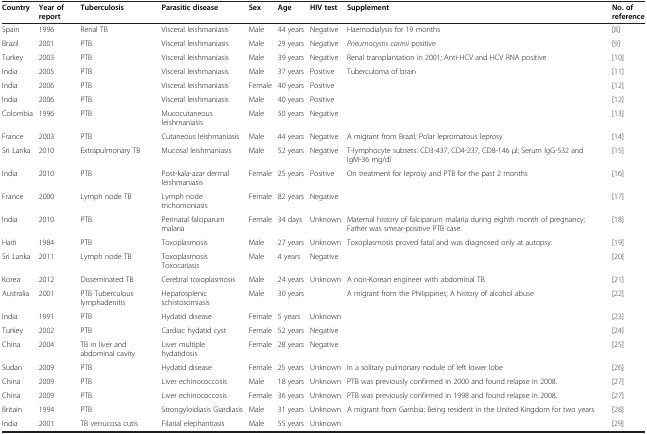
<table><thead><tr><td><b>Country</b></td><td><b>Year of report</b></td><td><b>Tuberculosis</b></td><td><b>Parasitic disease</b></td><td><b>Sex</b></td><td><b>Age</b></td><td><b>HIV test</b></td><td><b>Supplement</b></td><td><b>No. of reference</b></td></tr></thead><tbody><tr><td>Spain</td><td>1996</td><td>Renal TB</td><td>Visceral leishmaniasis</td><td>Male</td><td>44 years</td><td>Negative</td><td>Haemodialysis for 19 months</td><td>[8]</td></tr><tr><td>Brazil</td><td>2001</td><td>PTB</td><td>Visceral leishmaniasis</td><td>Male</td><td>29 years</td><td>Negative</td><td><i>Pneumocystis carinii</i> positive</td><td>[9]</td></tr><tr><td>Turkey</td><td>2003</td><td>PTB</td><td>Visceral leishmaniasis</td><td>Male</td><td>39 years</td><td>Negative</td><td>Renal transplantation in 2001; Anti-HCV and HCV RNA positive</td><td>[10]</td></tr><tr><td>India</td><td>2005</td><td>PTB</td><td>Visceral leishmaniasis</td><td>Male</td><td>37 years</td><td>Positive</td><td>Tuberculoma of brain</td><td>[11]</td></tr><tr><td>India</td><td>2006</td><td>PTB</td><td>Visceral leishmaniasis</td><td>Female</td><td>40 years</td><td>Positive</td><td> </td><td>[12]</td></tr><tr><td>India</td><td>2006</td><td>PTB</td><td>Visceral leishmaniasis</td><td>Male</td><td>40 years</td><td>Positive</td><td> </td><td>[12]</td></tr><tr><td>Colombia</td><td>1996</td><td>PTB</td><td>Mucocutaneous leishmaniasis</td><td>Male</td><td>50 years</td><td>Negative</td><td> </td><td>[13]</td></tr><tr><td>France</td><td>2003</td><td>PTB</td><td>Cutaneous leishmaniasis</td><td>Male</td><td>44 years</td><td>Negative</td><td>A migrant from Brazil; Polar lepromatous leprosy</td><td>[14]</td></tr><tr><td>Sri Lanka</td><td>2010</td><td>Extrapulmonary TB</td><td>Mucosal leishmaniasis</td><td>Male</td><td>52 years</td><td>Negative</td><td>T-lymphocyte subsets: CD3-437, CD4-237, CD8-146 μl; Serum IgG-532 and IgM-36 mg/dl</td><td>[15]</td></tr><tr><td>India</td><td>2010</td><td>PTB</td><td>Post-kala-azar dermal leishmaniasis</td><td>Female</td><td>25 years</td><td>Positive</td><td>On treatment for leprosy and PTB for the past 2 months</td><td>[16]</td></tr><tr><td>France</td><td>2000</td><td>Lymph node TB</td><td>Lymph node trichomoniasis</td><td>Female</td><td>82 years</td><td>Negative</td><td> </td><td>[17]</td></tr><tr><td>India</td><td>2010</td><td>PTB</td><td>Perinatal falciparum malaria</td><td>Female</td><td>34 days</td><td>Unknown</td><td>Maternal history of falciparum malaria during eighth month of pregnancy; Father was smear-positive PTB case.</td><td>[18]</td></tr><tr><td>Haiti</td><td>1984</td><td>PTB</td><td>Toxoplasmosis</td><td>Male</td><td>27 years</td><td>Unknown</td><td>Toxoplasmosis proved fatal and was diagnosed only at autopsy.</td><td>[19]</td></tr><tr><td>Sri Lanka</td><td>2011</td><td>Lymph node TB</td><td>Toxoplasmosis Toxocariasis</td><td>Male</td><td>4 years</td><td>Negative</td><td> </td><td>[20]</td></tr><tr><td>Korea</td><td>2012</td><td>Disseminated TB</td><td>Cerebral toxoplasmosis</td><td>Male</td><td>24 years</td><td>Unknown</td><td>A non-Korean engineer with abdominal TB</td><td>[21]</td></tr><tr><td>Australia</td><td>2001</td><td>PTB Tuberculous lymphadenitis</td><td>Hepatosplenic schistosomiasis</td><td>Male</td><td>30 years</td><td> </td><td>A migrant from the Philippines; A history of alcohol abuse</td><td>[22]</td></tr><tr><td>India</td><td>1991</td><td>PTB</td><td>Hydatid disease</td><td>Female</td><td>5 years</td><td>Unknown</td><td> </td><td>[23]</td></tr><tr><td>Turkey</td><td>2002</td><td>PTB</td><td>Cardiac hydatid cyst</td><td>Female</td><td>52 years</td><td>Negative</td><td> </td><td>[24]</td></tr><tr><td>China</td><td>2004</td><td>TB in liver and abdominal cavity</td><td>Liver multiple hydatidosis</td><td>Female</td><td>28 years</td><td>Negative</td><td> </td><td>[25]</td></tr><tr><td>Sudan</td><td>2009</td><td>PTB</td><td>Hydatid disease</td><td>Female</td><td>25 years</td><td>Unknown</td><td>In a solitary pulmonary nodule of left lower lobe</td><td>[26]</td></tr><tr><td>China</td><td>2009</td><td>PTB</td><td>Liver echinococcosis</td><td>Male</td><td>18 years</td><td>Unknown</td><td>PTB was previously confirmed in 2000 and found relapse in 2008.</td><td>[27]</td></tr><tr><td>China</td><td>2009</td><td>PTB</td><td>Liver echinococcosis</td><td>Female</td><td>36 years</td><td>Unknown</td><td>PTB was previously confirmed in 1998 and found relapse in 2008.</td><td>[27]</td></tr><tr><td>Britain</td><td>1994</td><td>PTB</td><td>Strongyloidiasis Giardiasis</td><td>Male</td><td>31 years</td><td>Unknown</td><td>A migrant from Gambia; Being resident in the United Kingdom for two years</td><td>[28]</td></tr><tr><td>India</td><td>2001</td><td>TB verrucosa cutis</td><td>Filarial elephantiasis</td><td>Male</td><td>55 years</td><td>Unknown</td><td> </td><td>[29]</td></tr></tbody></table>